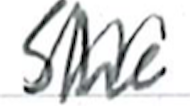
Text: she
Cross-out: mix
Writing tool: ballpoint